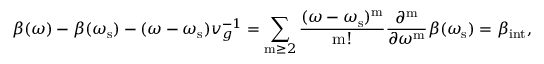
\beta ( \omega ) - \beta ( \omega _ { \mathrm { s } } ) - ( \omega - \omega _ { \mathrm { s } } ) v _ { g } ^ { - 1 } = \sum _ { \mathrm { m } \ge 2 } \frac { ( \omega - \omega _ { \mathrm { s } } ) ^ { \mathrm { m } } } { \mathrm { m } ! } \frac { { \partial ^ { \mathrm { m } } } } { \partial { \omega ^ { \mathrm { m } } } } \beta ( \omega _ { \mathrm { s } } ) = \beta _ { \mathrm { i n t } } ,